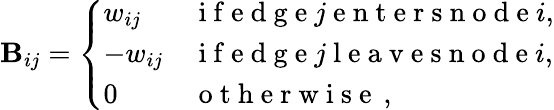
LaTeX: \mathbf{B}_{ij}=\left\{ \begin{array}{ll}{w_{ij}}&{\mathrm{~i~f~e~d~g~e~}j\mathrm{~e~n~t~e~r~s~n~o~d~e~}i,}\\ {-w_{ij}}&{\mathrm{~i~f~e~d~g~e~}j\mathrm{~l~e~a~v~e~s~n~o~d~e~}i,}\\ {0}&{\mathrm{~o~t~h~e~r~w~i~s~e~}\, ,}\end{array}\right.